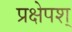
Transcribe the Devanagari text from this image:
प्रक्षेपश्